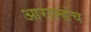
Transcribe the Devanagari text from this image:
आराल्डंच